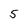
Character: 5